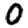
Digit: 0